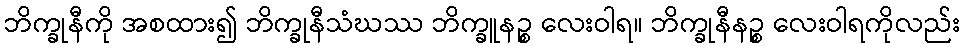
ဘိက္ခုနီကို အစထား၍ ဘိက္ခုနီသံဃဿ ဘိက္ခူနဉ္စ လေးဝါရ။ ဘိက္ခုနီနဉ္စ လေးဝါရကိုလည်း